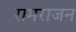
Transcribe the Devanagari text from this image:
रामराजन